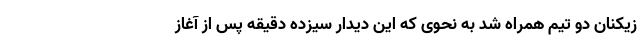
زیکنان دو تیم همراه شد به نحوی که این دیدار سیزده دقیقه پس از آغاز